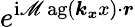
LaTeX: e^{\operatorname{i\mathscr{M}ag}\left(\boldsymbol{k_{x}}x\right)\cdot\boldsymbol{r}}